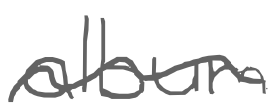
Text: album
Cross-out: wave
Writing tool: digital_gray